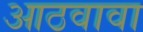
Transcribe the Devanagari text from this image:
आठवावा